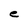
Character: e